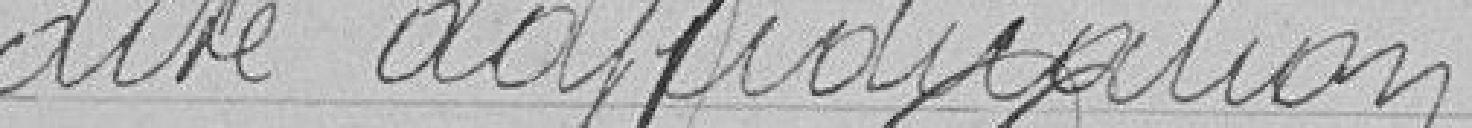
dite adjudication.